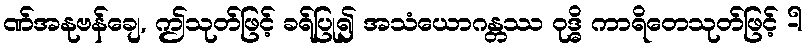
ဏ်အနုဗန်ချေ, ဤသုတ်ဖြင့် ခရ်ပြု၍ အသံယောဂန္တဿ ဝုဒ္ဓိ ကာရိတေသုတ်ဖြင့် -ါ